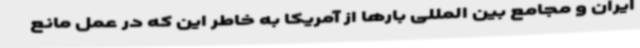
ایران و مجامع بین المللی بارها از آمریکا به خاطر این که در عمل مانع